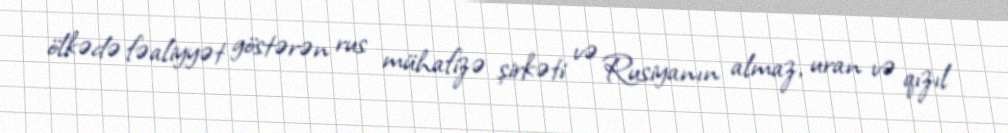
ölkədə fəaliyyət göstərən rus mühafizə şirkəti və Rusiyanın almaz, uran və qızıl